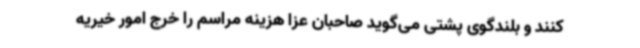
کنند و بلندگوی پشتی می‌گوید صاحبان عزا هزینه مراسم را خرج امور خیریه